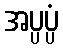
အပ္ပပ္ပံ